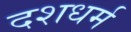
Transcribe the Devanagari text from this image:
दशधर्म